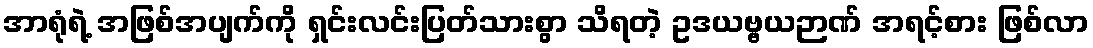
အာရုံရဲ့ အဖြစ်အပျက်ကို ရှင်းလင်းပြတ်သားစွာ သိရတဲ့ ဥဒယဗ္ဗယဉာဏ် အရင့်စား ဖြစ်လာ